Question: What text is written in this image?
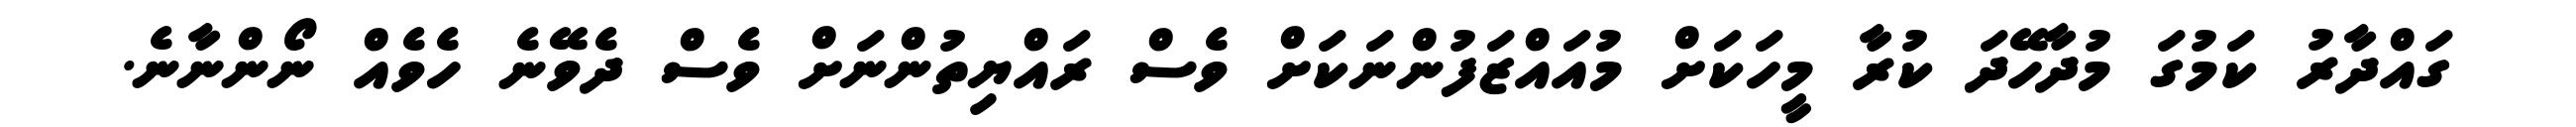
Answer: ގައްދާރު ކަމުގަ މުދާހޭދަ ކުރާ މީހަކަށް މުއައްޒަފުންނަކަށް ވެސް ރައްޔިތުންނަށް ވެސް ދެވޭނެ ހެވެއް ނޯންނާނެ.